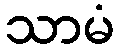
သာမံ